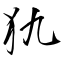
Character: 犰